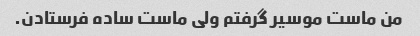
من ماست موسیر گرفتم ولی ماست ساده فرستادن.